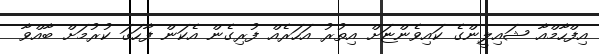
އިފްހާމްއާ ޝައިލީންގެ ކައިވެންޏަށް އިތުރު އަހަރެއް ފުރިގެން އެކަން ފާހަގަ ކުރުމަށް ބާއްވާ